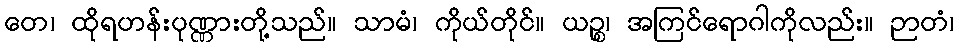
တေ၊ ထိုရဟန်းပုဏ္ဏားတို့သည်။ သာမံ၊ ကိုယ်တိုင်။ ယဉ္စ၊ အကြင်ရောဂါကိုလည်း။ ဉာတံ၊